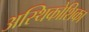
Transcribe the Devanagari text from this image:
अस्थिकोशिका